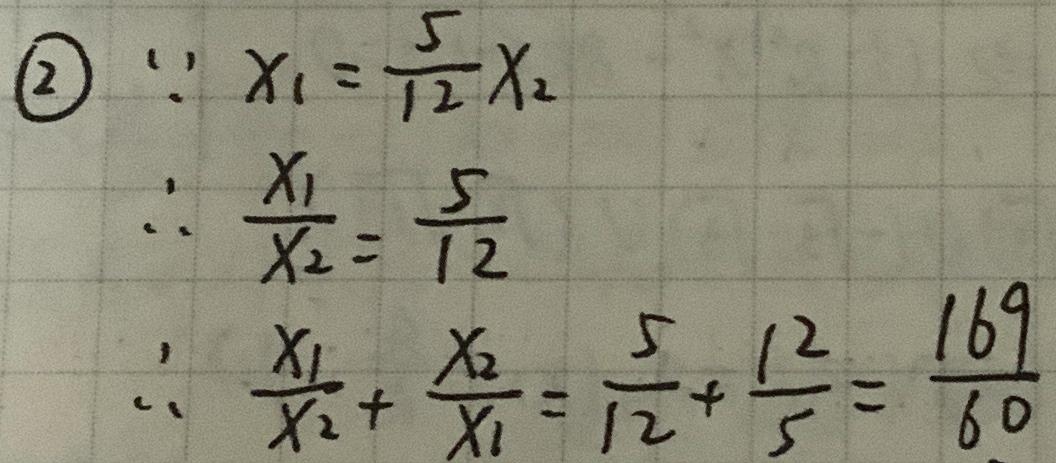
2.
\begin{align}
&\because x_{1}=\frac{5}{12}x_{2}\\
&\therefore \frac{x_{1}}{x_{2}}=\frac{5}{12}\\
&\therefore \frac{x_{1}}{x_{2}}+\frac{x_{2}}{x_{1}}=\frac{5}{12}+\frac{12}{5}=\frac{169}{60}
\end{align}